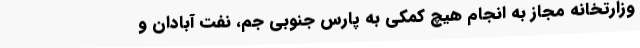
وزارتخانه مجاز به انجام هیچ کمکی به پارس‌ جنوبی‌ جم، نفت آبادان و